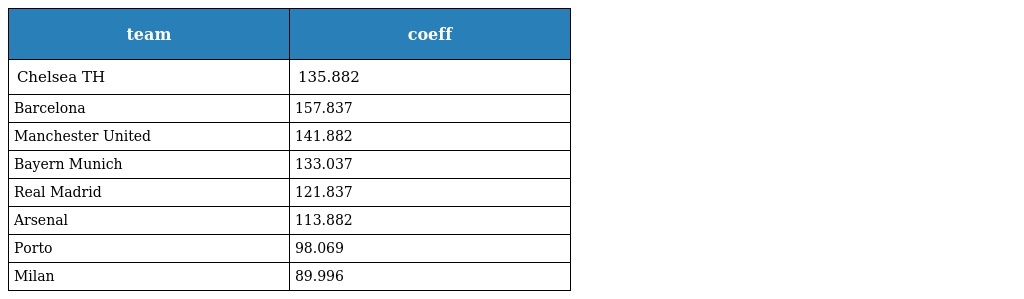
| team | coeff |
 | --- | --- |
 | Chelsea TH | 135.882 |
 | Barcelona | 157.837 |
 | Manchester United | 141.882 |
 | Bayern Munich | 133.037 |
 | Real Madrid | 121.837 |
 | Arsenal | 113.882 |
 | Porto | 98.069 |
 | Milan | 89.996 |